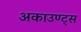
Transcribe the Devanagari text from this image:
अकाउण्ट्स